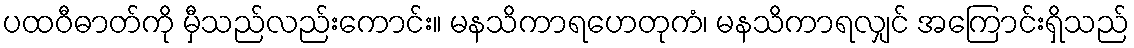
ပထဝီဓာတ်ကို မှီသည်လည်းကောင်း။ မနသိကာရဟေတုကံ၊ မနသိကာရလျှင် အကြောင်းရှိသည်